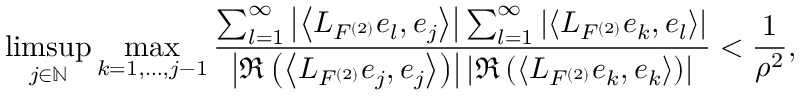
\operatorname* { l i m s u p } _ { j \in \mathbb { N } } \operatorname* { m a x } _ { k = 1 , \dots , j - 1 } \frac { \sum _ { l = 1 } ^ { \infty } \left| \left\langle L _ { F ^ { ( 2 ) } } e _ { l } , e _ { j } \right\rangle \right| \sum _ { l = 1 } ^ { \infty } \left| \left\langle L _ { F ^ { ( 2 ) } } e _ { k } , e _ { l } \right\rangle \right| } { \left| \Re \left( \left\langle L _ { F ^ { ( 2 ) } } e _ { j } , e _ { j } \right\rangle \right) \right| \left| \Re \left( \left\langle L _ { F ^ { ( 2 ) } } e _ { k } , e _ { k } \right\rangle \right) \right| } < \frac { 1 } { \rho ^ { 2 } } ,